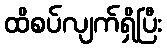
ထိစပ်လျက်ရှိပြီး